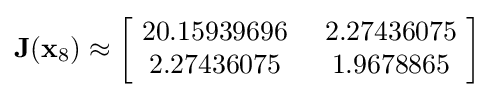
\mathbf {J} (\mathbf {x} _{8})\approx {\begin{bmatrix}~20.15939696&~2.27436075~\\~2.27436075&~1.9678865~\end{bmatrix}}